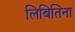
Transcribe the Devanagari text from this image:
लिबितिना